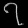
Digit: ၇